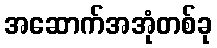
အဆောက်အအုံတစ်ခု